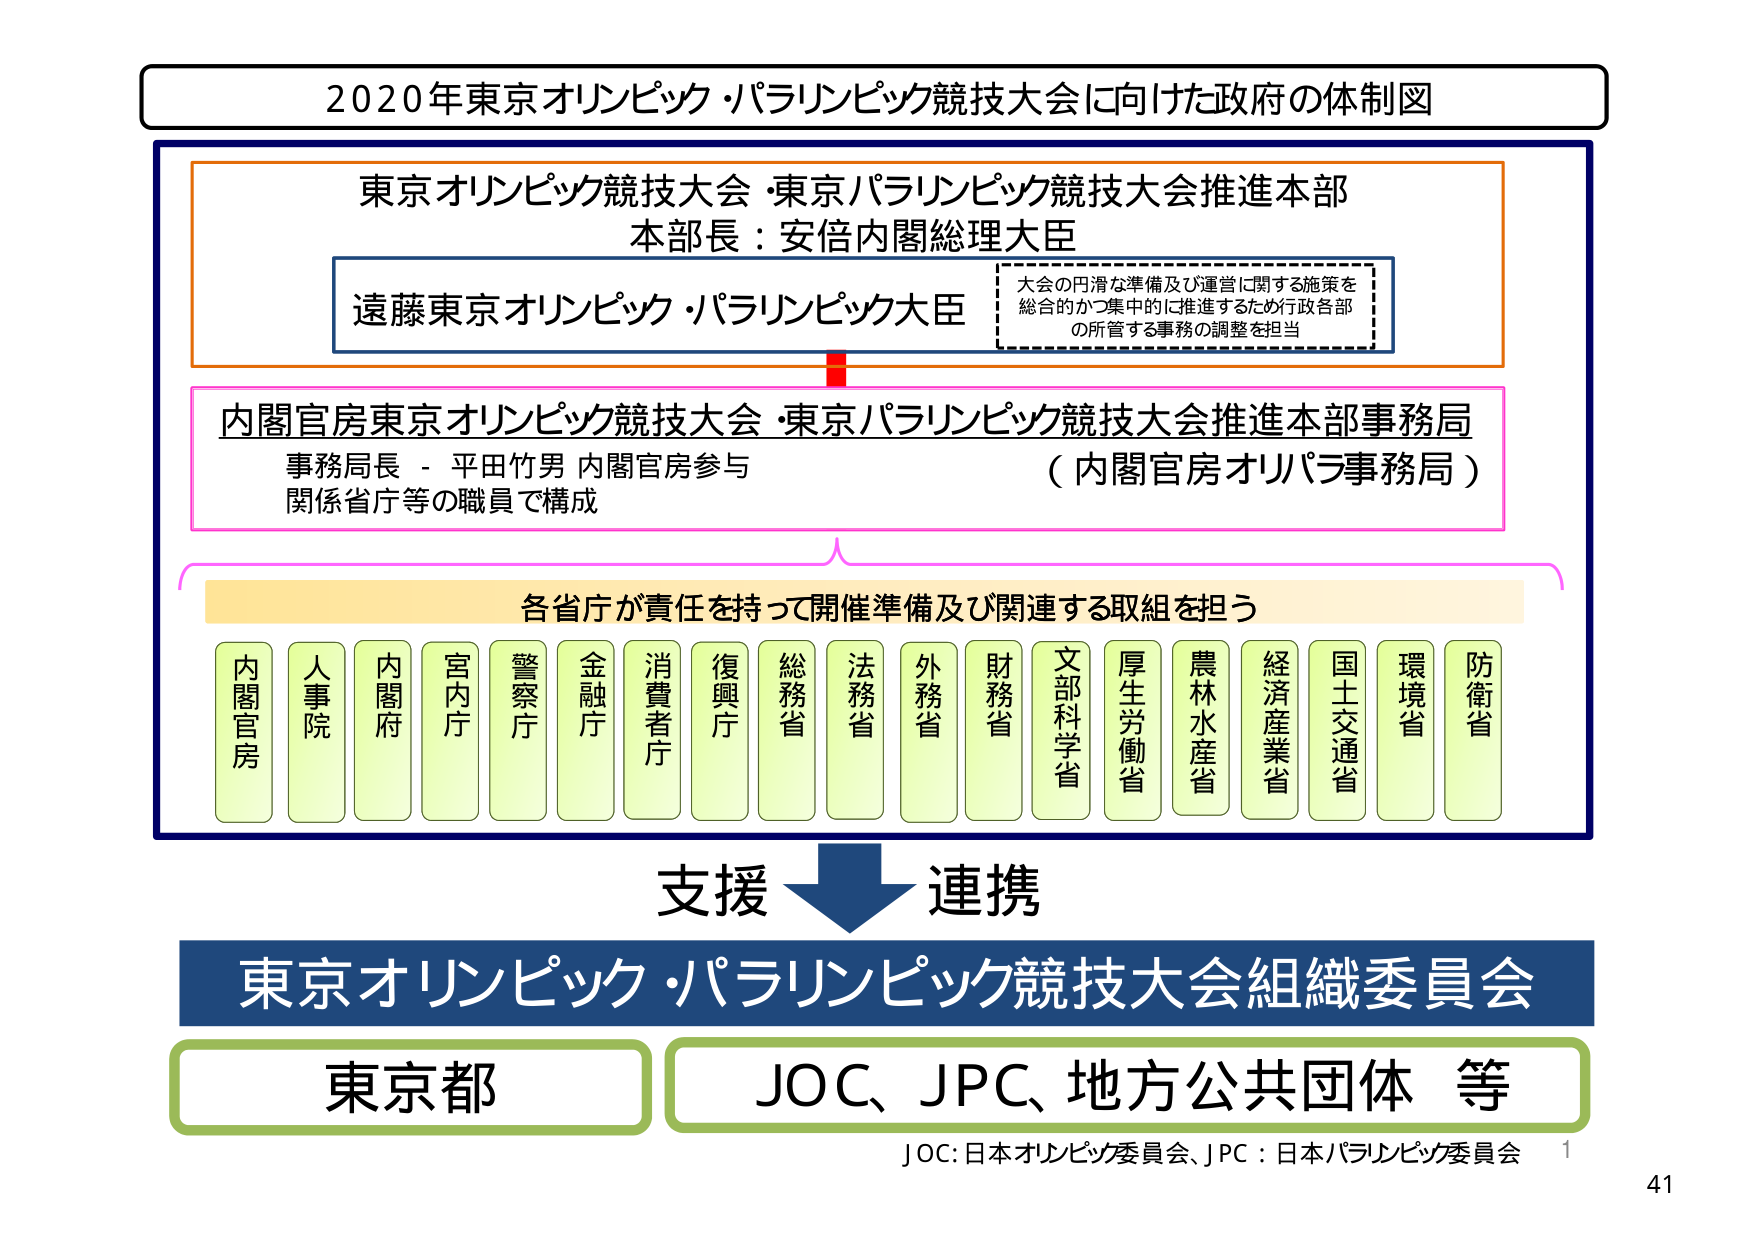
2020年東京オリンピック・パラリンピック競技大会に向けた政府の体制図

東京オリンピック競技大会・東京パラリンピック競技大会推進本部
本部長：安倍内閣総理大臣

遠藤東京オリンピック・パラリンピック大臣

大会の円滑な準備及び運営に関する施策を
総合的かつ集中的に推進するため行政各部
の所管する事務の調整を担当

内閣官房東京オリンピック競技大会・東京パラリンピック競技大会推進本部事務局
事務局長 - 平田竹男 内閣官房参与
関係省庁等の職員で構成
（内閣官房オリパラ事務局）

各省庁が責任を持って開催準備及び関連する取組を担う

内閣官房
人事院
内閣府
宮内庁
警察庁
金融庁
消費者庁
復興庁
総務省
法務省
外務省
財務省
文部科学省
厚生労働省
農林水産省
経済産業省
国土交通省
環境省
防衛省

支援 → 連携

東京オリンピック・パラリンピック競技大会組織委員会

東京都
JOC、JPC、地方公共団体 等

JOC：日本オリンピック委員会、JPC：日本パラリンピック委員会

1
41